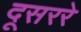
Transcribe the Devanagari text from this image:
दूसररे